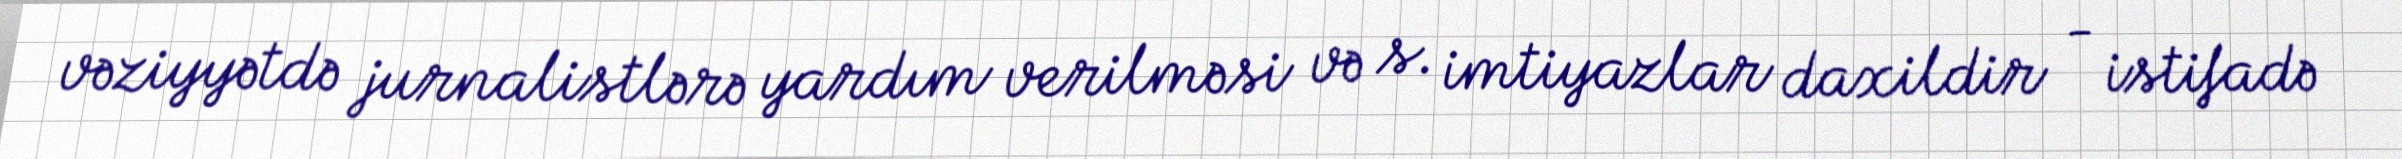
vəziyyətdə jurnalistlərə yardım verilməsi və s. imtiyazlar daxildir - istifadə